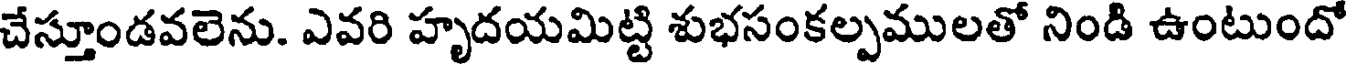
చేస్తూండవలెను. ఎవరి హృదయమిట్టి శుభసంకల్పములతో నిండి ఉంటుందో